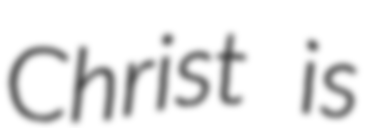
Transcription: Christ is